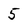
Character: 5